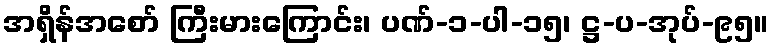
အရှိန်အစော် ကြီးမားကြောင်း၊ ပဏ်-၁-ပါ-၁၅၊ ဋ္ဌ-ပ-အုပ်-၉၅။